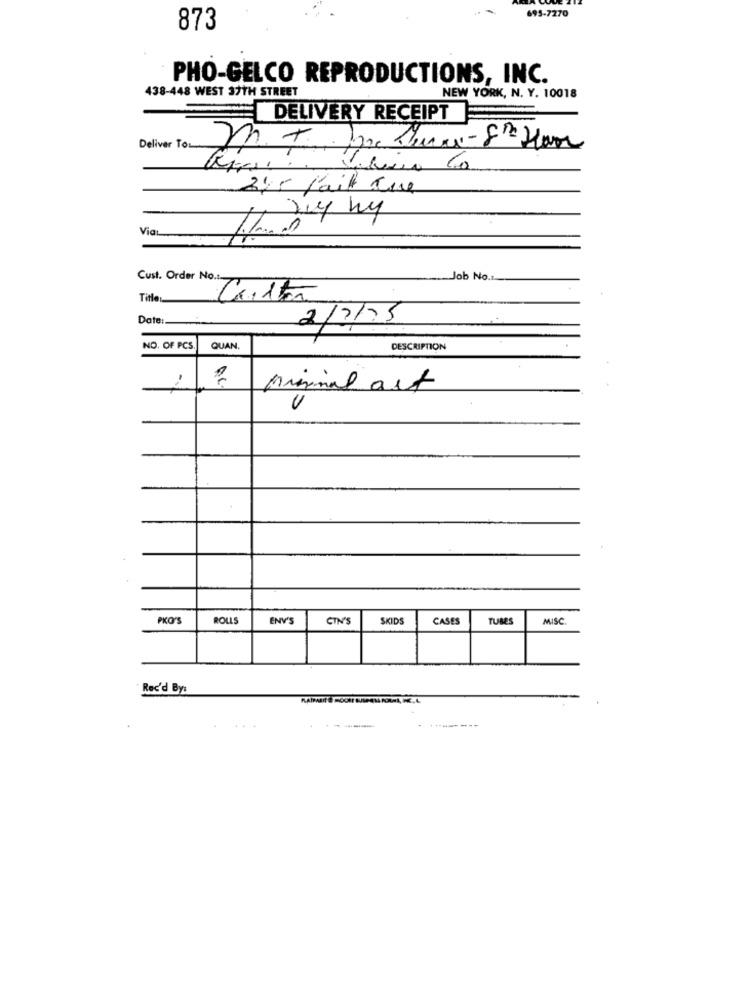
695-7270
873
PHO-GELCO REPRODUCTIONS, INC.
438-448 WEST 37TH STREET
NEW YORK, N. Y. 10018
DELIVERY RECEIPT
Deliver To
2)5 fait que
Ly hy
ViaL
Cust. Order No .:.
Job No.
Titles
Carta
Date :.
2/7/75
NO. OF PCS.
QUAN.
DESCRIPTION
Minimal art
PKO'S
ROLLS
ENV'S
CIN'S
SKIDS
CASES
TUBES
MISC
Rec'd By: